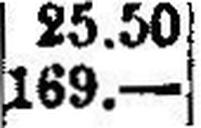
169.—